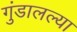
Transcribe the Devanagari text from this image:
गुंडालल्या